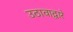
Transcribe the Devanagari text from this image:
उठावाद्वारे